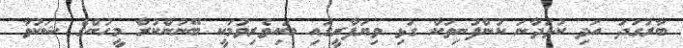
ބާރުގަދަ އަދި ކުޅަދާނަ ކުންފުނިތަކާ ގުޅި ވިޔަފާރީގައި ބައިވެރިވުމަކީ ބޭނުންކުރާ މީހުންގެ ޝަކުވާ